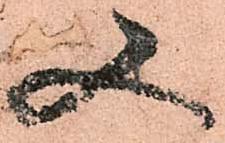
又